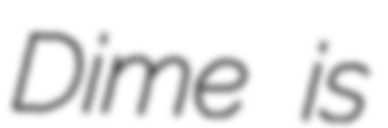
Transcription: Dime is